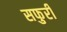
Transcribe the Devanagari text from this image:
सफुरी